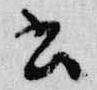
書